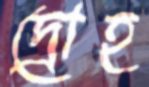
দ্রোহ